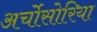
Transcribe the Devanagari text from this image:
अर्चोसोरिया